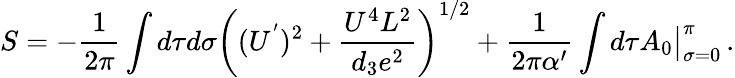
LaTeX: S=-{\frac{1}{2\pi}}\int d\tau d\sigma\left((U^{'})^{2}+\frac{U^{4}L^{2}}{d_{3}e^{2}}\right)^{1/2}+{\frac{1}{2\pi\alpha^{\prime}}}\int d\tau A_{0}\big\vert_{\sigma=0}^{\pi}\, .